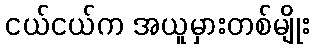
ငယ်ငယ်က အယူမှားတစ်မျိုး